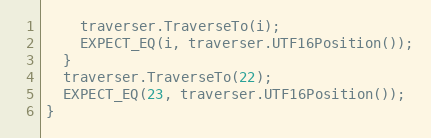
Language: C++
    traverser.TraverseTo(i);
    EXPECT_EQ(i, traverser.UTF16Position());
  }
  traverser.TraverseTo(22);
  EXPECT_EQ(23, traverser.UTF16Position());
}